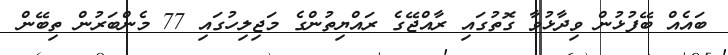
ބައެއް ބޭފުޅުން ވިދާޅުވާ ގޮތުގައި ރާއްޖޭގެ ރައްޔިތުންގެ މަޖިލިހުގައި 77 މެންބަރުން ތިބޭން